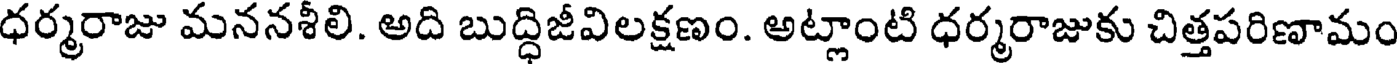
ధర్మరాజు మననశీలి. అది బుద్ధిజీవిలక్షణం. అట్లాంటి ధర్మరాజుకు చిత్తపరిణామం